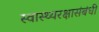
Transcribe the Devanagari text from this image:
स्वास्थ्यरक्षासंबंधी